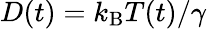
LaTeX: D(t)=k_{\mathrm{B}}T(t)/\gamma